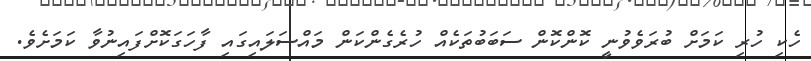
ހެކި ހުރި ކަމަށް ބުރަވެވުނީ ކޮންކޮން ސަބަބުތަކެއް ހުރެގެންކަން މައްސަލައިގައި ފާހަގަކޮށްފައިނުވާ ކަމަށެވެ.